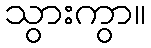
သွားကွာ။